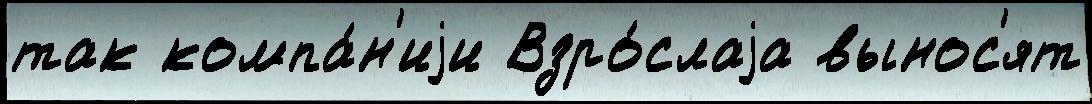
так компа́н'иjи Взро́слаjа вынос'ят